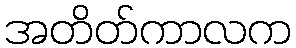
အတိတ်ကာလက